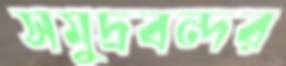
সমুদ্রবন্দর